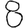
Digit: 8